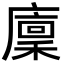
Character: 廩